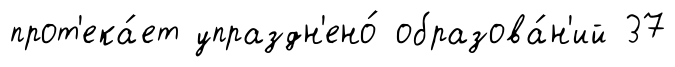
прот'ека́ет упраздн'ено́ образова́н'ий 37